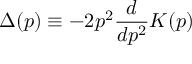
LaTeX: \Delta ( p ) \equiv - 2 p ^ { 2 } \frac { d } { d p ^ { 2 } } K ( p )